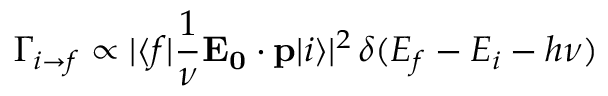
\Gamma _ { i \to f } \propto | \langle f | { \frac { 1 } { \nu } } \mathbf { E _ { 0 } } \cdot \mathbf { p } | i \rangle | ^ { 2 } \, \delta ( E _ { f } - E _ { i } - h \nu )